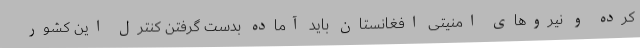
کرده و نیروهای امنیتی افغانستان باید آماده بدست گرفتن کنترل این کشور